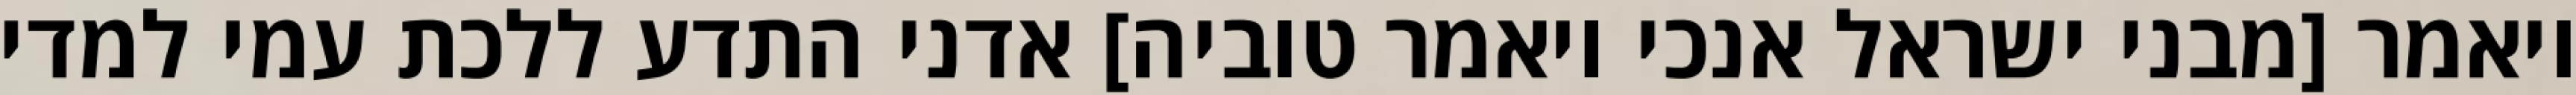
ויאמר [מבני ישראל אנכי ויאמר טוביה] אדני התדע ללכת עמי למדי